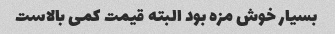
بسیار خوش مزه بود البته قیمت کمی بالاست